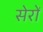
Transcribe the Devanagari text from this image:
सेरों